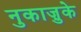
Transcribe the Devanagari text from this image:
नुकाज़ुके